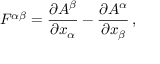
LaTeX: F ^ { \alpha \beta } = { \frac { \partial A ^ { \beta } } { \partial x _ { \alpha } } } - { \frac { \partial A ^ { \alpha } } { \partial x _ { \beta } } } \, ,